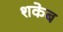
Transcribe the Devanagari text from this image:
शकेब